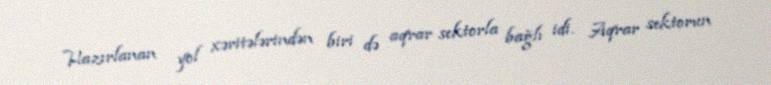
Hazırlanan yol xəritələrindən biri də aqrar sektorla bağlı idi. Aqrar sektorun